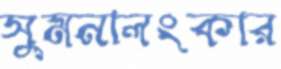
সুমনালংকার